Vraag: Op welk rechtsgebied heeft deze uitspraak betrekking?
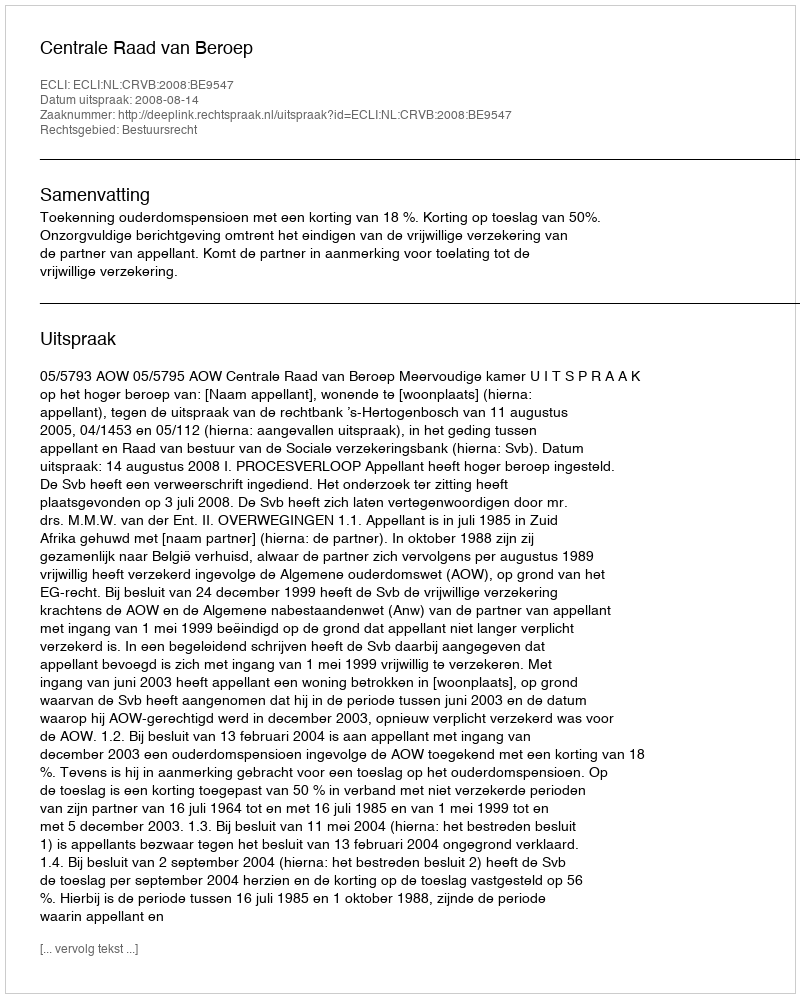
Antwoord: Bestuursrecht